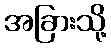
အခြားသို့